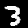
Label: 3